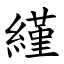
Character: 䌍